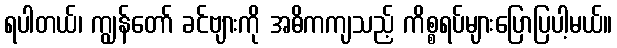
ရပါတယ်၊ ကျွန်တော် ခင်ဗျားကို အဓိကကျသည့် ကိစ္စရပ်များပြောပြပါ့မယ်။